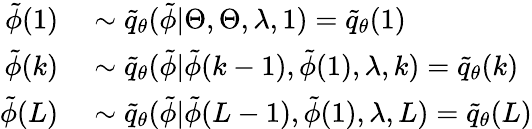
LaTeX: \begin{array}{rl}{\tilde{\phi}(1)}&{{}\sim\tilde{q}_{\theta}(\tilde{\phi}|\Theta,\Theta,\lambda,1)=\tilde{q}_{\theta}(1)}\\ {\tilde{\phi}(k)}&{{}\sim\tilde{q}_{\theta}(\tilde{\phi}|\tilde{\phi}(k-1),\tilde{\phi}(1),\lambda,k)=\tilde{q}_{\theta}(k)}\\ {\tilde{\phi}(L)}&{{}\sim\tilde{q}_{\theta}(\tilde{\phi}|\tilde{\phi}(L-1),\tilde{\phi}(1),\lambda,L)=\tilde{q}_{\theta}(L)}\end{array}